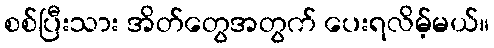
စစ်ပြီးသား အိတ်တွေအတွက် ပေးရလိမ့်မယ်။